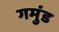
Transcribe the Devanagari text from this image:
गमुंड